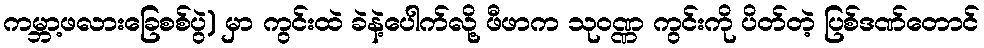
ကမ္ဘာ့ဖလားခြေစစ်ပွဲ) မှာ ကွင်းထဲ ခဲနဲ့ပေါက်လို့ ဖီဖာက သုဝဏ္ဏ ကွင်းကို ပိတ်တဲ့ ပြစ်ဒဏ်တောင်